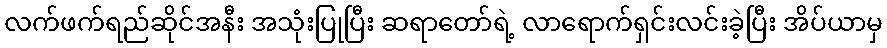
လက်ဖက်ရည်ဆိုင်အနီး အသုံးပြုပြီး ဆရာတော်ရဲ့ လာရောက်ရှင်းလင်းခဲ့ပြီး အိပ်ယာမှ